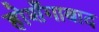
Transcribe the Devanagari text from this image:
होशँगाबाद